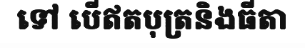
ទៅ បើឥតបុត្រនិងធីតា